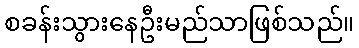
စခန်းသွားနေဦးမည်သာဖြစ်သည်။